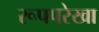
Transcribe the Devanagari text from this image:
रूपपरेखा